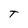
Character: T